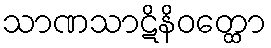
သာဏသာဋိနိဝတ္ထော